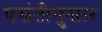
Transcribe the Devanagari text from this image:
पसंतीनुसार